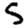
Digit: 5